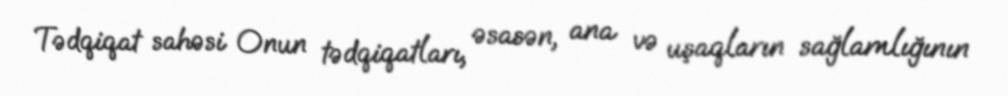
Tədqiqat sahəsi Onun tədqiqatları, əsasən, ana və uşaqların sağlamlığının